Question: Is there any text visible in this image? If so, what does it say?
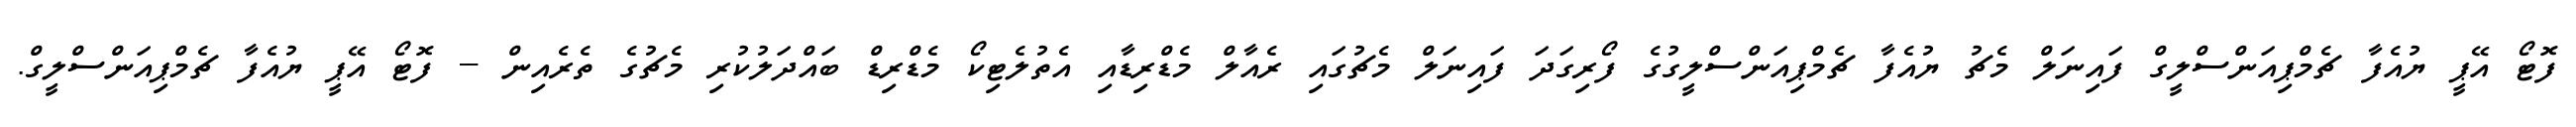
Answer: ފޮޓޯ އޭޕީ ޔުއެފާ ޗެމްޕިއަންސްލީގް ފައިނަލް މެޗު ޔުއެފާ ޗެމްޕިއަންސްލީގުގެ ފޯރިގަދަ ފައިނަލް މެޗުގައި ރެއާލް މެޑްރިޑާއި އެތުލެޓިކޯ މެޑްރިޑް ބައްދަލުކުރި މެޗުގެ ތެރެއިން -- ފޮޓޯ އޭޕީ ޔުއެފާ ޗެމްޕިއަންސްލީގް.